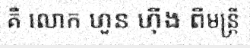
គឺ លោក ហួន ហ៊ីង ពីមន្ត្រី